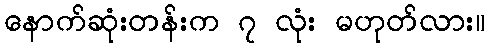
နောက်ဆုံးတန်းက ၇ လုံး မဟုတ်လား။